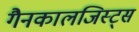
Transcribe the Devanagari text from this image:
गैनकालजिस्ट्स